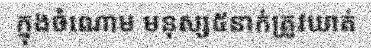
ក្នុងចំណោម មនុស្ស៥នាក់ត្រូវឃាត់